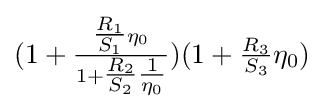
(1+{\tfrac {{\tfrac {R_{1}}{S_{1}}}\eta _{0}}{1+{\tfrac {R_{2}}{S_{2}}}{\tfrac {1}{\eta _{0}}}}})(1+{\tfrac {R_{3}}{S_{3}}}\eta _{0})